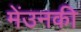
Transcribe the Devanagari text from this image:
मेंउनकी